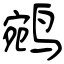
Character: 鹓